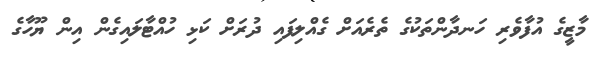
މާޒީގެ އުފާވެރި ހަނދާންތަކުގެ ތެރެއަށް ގެއްލިފައި ދުރަށް ކަޅި ހުއްޓާލައިގެން އިން ޔޫހާގެ